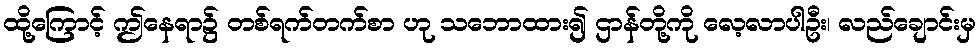
ထို့ကြောင့် ဤနေရာ၌ တစ်ရက်တက်စာ ဟု သဘောထား၍ ဌာန်တို့ကို လေ့လာပါဦး၊ လည်ချောင်းမှ